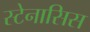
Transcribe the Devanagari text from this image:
स्टेनासिस